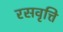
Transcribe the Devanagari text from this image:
रसवृत्ति